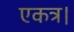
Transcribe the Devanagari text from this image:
एकत्र।